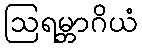
ဩရမ္ဘာဂိယံ